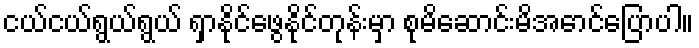
ငယ်ငယ်ရွယ်ရွယ် ရှာနိုင်ဖွေနိုင်တုန်းမှာ စုမိဆောင်းမိအောင်ပြောပါ။